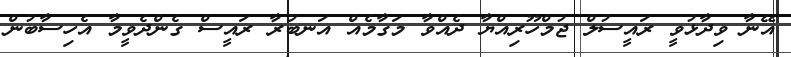
އޭނާ ވިދާޅުވީ ރައީސުލް ޖުމްހޫރިއްޔާ ދެއްވާ މަގާމެއް އަނބުރާ ރައީސް ގެންދެވީމާ އެހިސާބުން